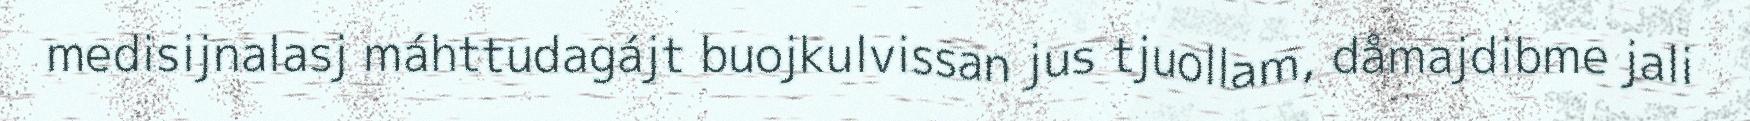
medisijnalasj máhttudagájt buojkulvissan jus tjuollam, dåmajdibme jali